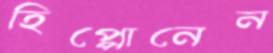
হিপ্পোনেন